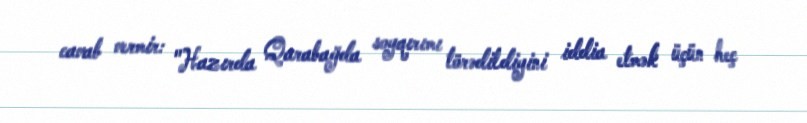
cavab vermir: "Hazırda Qarabağda soyqırımı törədildiyini iddia etmək üçün heç